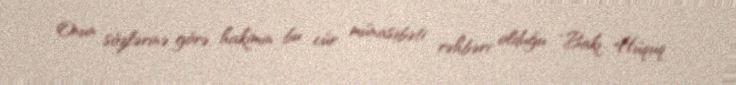
Onun sözlərinə görə, hakimin bu cür münasibəti rəhbəri olduğu “Bakı Hüquq